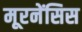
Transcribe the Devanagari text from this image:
मूरनेंसिस